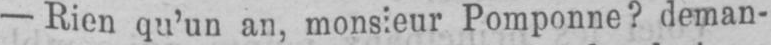
- Rien qu’un an, monsieur Pomponne? deman-